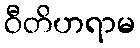
ဝီတိဟရာမ